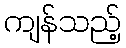
ကျန်သည့်